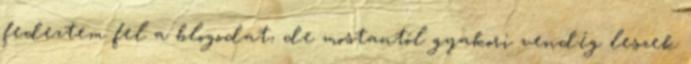
fedeztem fel a blogodat, de mostantól gyakori vendég leszek